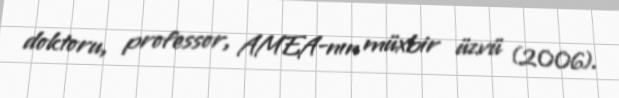
doktoru, professor, AMEA-nın müxbir üzvü (2006).